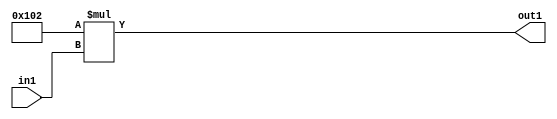
`timescale 1ps / 1ps
/*****************************************************************************
    Verilog RTL Description
    
    
    Created by: Stratus DpOpt 2019.1.01 
*******************************************************************************/

module DC_Filter_Mul_12U_2_4 (
	in1,
	out1
	); /* architecture "behavioural" */ 
input [2:0] in1;
output [11:0] out1;
wire [11:0] asc001;

assign asc001 = 
	+(12'B000100000010 * in1);

assign out1 = asc001;
endmodule

/* CADENCE  ubDwSAk= : u9/ySgnWtBlWxVPRXgAZ4Og= ** DO NOT EDIT THIS LINE ******/